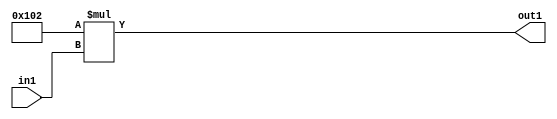
`timescale 1ps / 1ps
/*****************************************************************************
    Verilog RTL Description
    
    
    Created by: Stratus DpOpt 2019.1.01 
*******************************************************************************/

module DC_Filter_Mul_12U_2_4 (
	in1,
	out1
	); /* architecture "behavioural" */ 
input [2:0] in1;
output [11:0] out1;
wire [11:0] asc001;

assign asc001 = 
	+(12'B000100000010 * in1);

assign out1 = asc001;
endmodule

/* CADENCE  ubDwSAk= : u9/ySgnWtBlWxVPRXgAZ4Og= ** DO NOT EDIT THIS LINE ******/